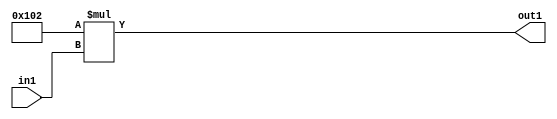
`timescale 1ps / 1ps
/*****************************************************************************
    Verilog RTL Description
    
    
    Created by: Stratus DpOpt 2019.1.01 
*******************************************************************************/

module DC_Filter_Mul_12U_2_4 (
	in1,
	out1
	); /* architecture "behavioural" */ 
input [2:0] in1;
output [11:0] out1;
wire [11:0] asc001;

assign asc001 = 
	+(12'B000100000010 * in1);

assign out1 = asc001;
endmodule

/* CADENCE  ubDwSAk= : u9/ySgnWtBlWxVPRXgAZ4Og= ** DO NOT EDIT THIS LINE ******/